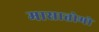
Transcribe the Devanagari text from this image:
मासातोमो